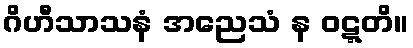
ဂိဟီသာသနံ အညေသံ န ဝဋ္ဋတိ။